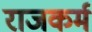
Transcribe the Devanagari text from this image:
राजकर्म